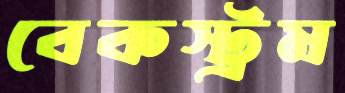
বেকস্ট্রম